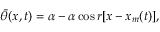
\bar { \theta } ( x , t ) = \alpha - \alpha \cos { r [ x - x _ { m } ( t ) ] } ,